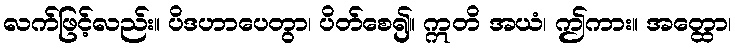
လက်ဖြင့်လည်း။ ပိဒဟာပေတွာ၊ ပိတ်စေ၍။ ဣတိ အယံ၊ ဤကား။ အတ္ထော၊